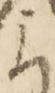
に